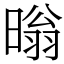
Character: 暡